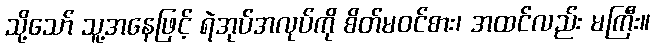
သို့သော် သူ့အနေဖြင့် ရဲအုပ်အလုပ်ကို စိတ်မဝင်စား၊ အထင်လည်း မကြီး။